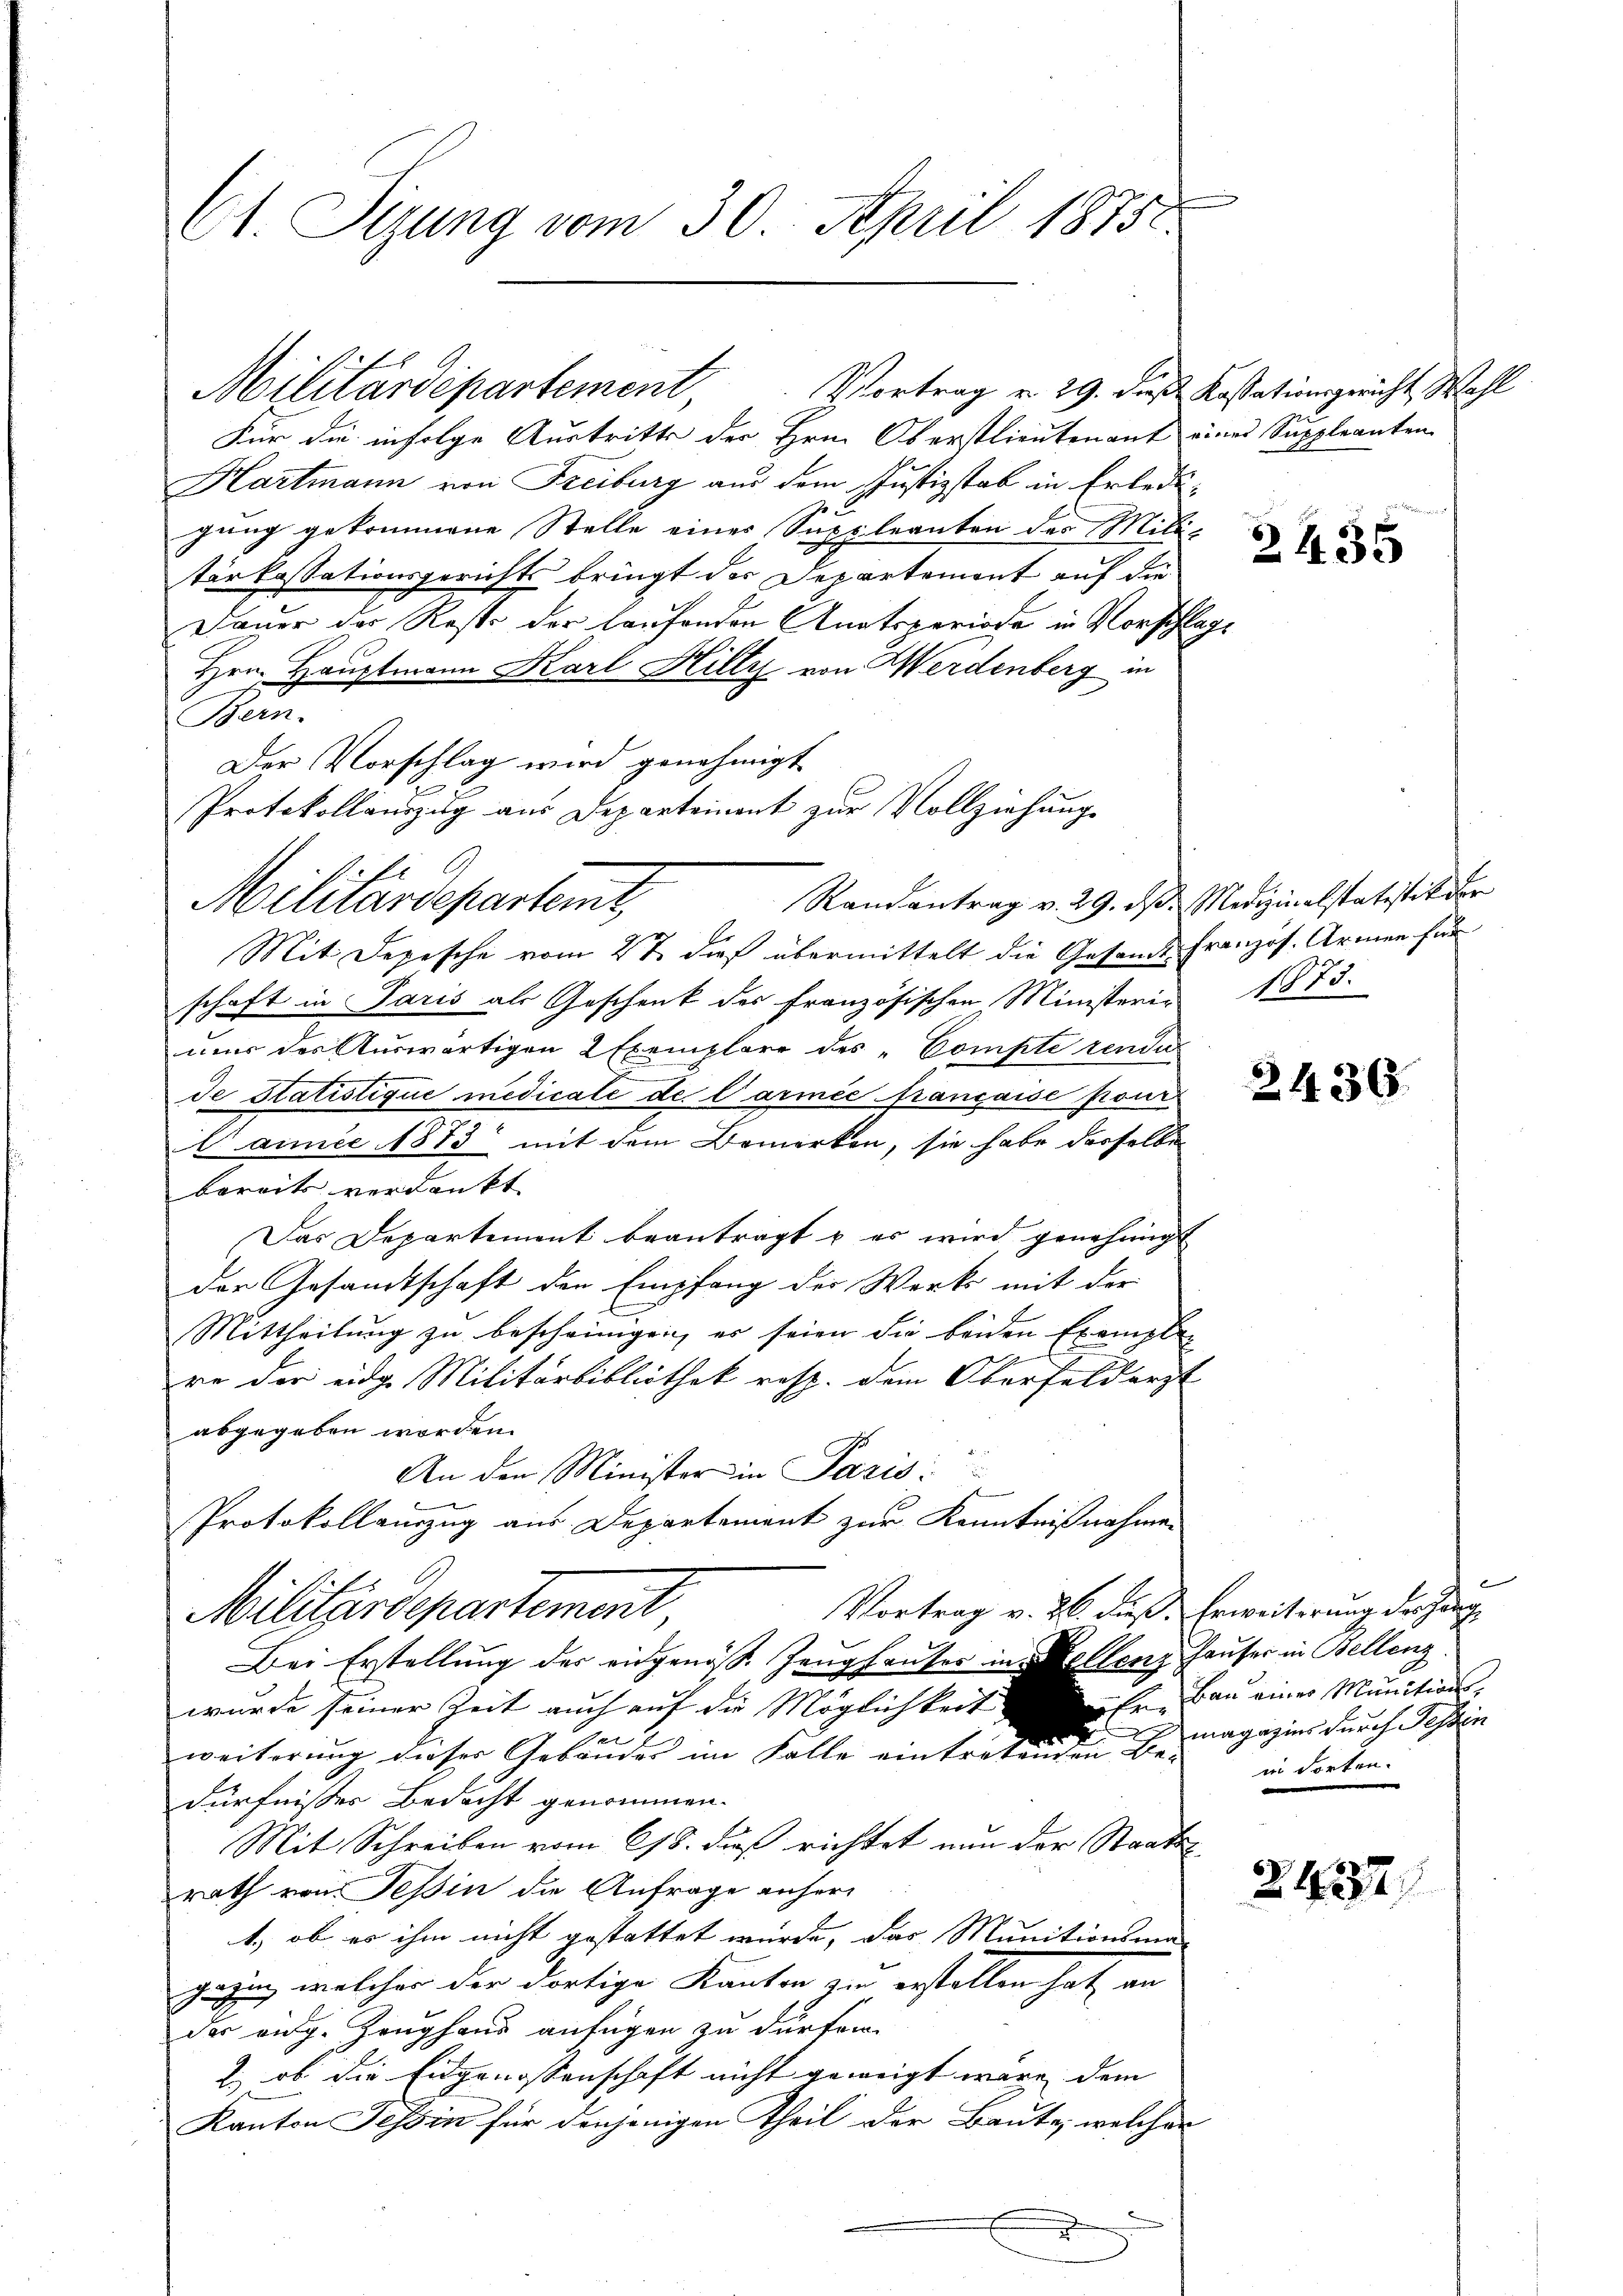
C1 Sizung vom 30. April 1875.

Für die infolge Austritte der Hrn. Oberstlieutenant eines Suppleanten
Hartmann von Freiburg aus dem Justizstab in Erledigung gekommene Stelle einer Suppleanten der Militerkassationsgerichts bringt der Departement auf die
Dauer der Rest der laufenden Anatsperiode in Vorschla¬
Hrn. Hauptmann Karl Hilly von Werdenberg in
Bern.
Der Vorschlag wird genehmigt
Protokollauszug aus Departement zur Vollziehung
Randantrag v. 29. ds. Medizinalstatistik der
Mit Depesche vom 2t dieß übermittelt die Gesands-Französ. Armen für
schaft in Paris als Geschenk des französischen Ministerie 1875.
mir des Auswärtigen 2 Exemplare des „Compte rende
de Statistique medicate de Carmée française pour
t ainee 1873 mit dem Bemerken, sie habe desselbe
bereits verdankt
Das Departement beantragt u. er wird genehmigt
der Gesandtschaft den Empfang der Werks mit der
Mittheilung zu bescheinigen, er seien Sie beiden Exemplar
s
re der eidg. Militärbibliothek resp. dem Oberfeldarzt
abgegeben worden.
An den Minister in Paris:
b
Protokollanzug aus Departement zur Kenntnißnahmen
Vortrag v. 26. Fuß. Erweiterung der Hang
Militzerdepartement
Bei Erstellung der eidgenöß. Zeughauser in Kellenz Hauser in Bellenz
wurde seiner Zeit auch auf die Möglichkeit
e
e
weiterung dieser Gebäudes im Falle eintretenden Bemagazins durch Tessin
dürfnisses Bedacht genommen.
Mit Schreiben vom 618. dieß richtet nun der Staats-,
rath von Tessin die Anfrage anher¬
1.) ob es ihm nicht gestattet wurde, das Munitionsma-
gegen, welcher der dortige Kanton zu erstellen hat, an
der eidg. Zeughaus anfügen zu dürfen.
2) ob die Eidgenossenschaft nicht geweigt wäre, dem
Kanton Tessin für denjenigen Theil der Baute, welcher
E

Militärdepartement Vortrag v. 29. dieß Kassationsgericht Wahl

defi
Militärdepartemt,

2435

e

2436.

ufe. Bau einer Munitionsin Forten.

2437